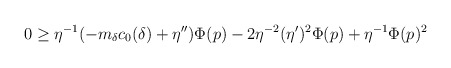
\begin{align*}0\geq \eta^{-1}(-m_\delta c_0(\delta)+\eta'')\Phi(p)-2\eta^{-2}(\eta')^2\Phi(p)+\eta^{-1}\Phi(p)^2\end{align*}